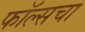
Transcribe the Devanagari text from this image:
फॉल्सचा